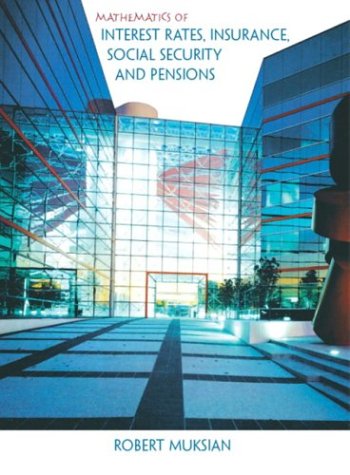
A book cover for Mathematics of Interest Rates, Insurance, Social Security, and Pensions; Robert Muksian; Business & Money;